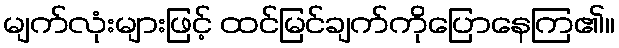
မျက်လုံးများဖြင့် ထင်မြင်ချက်ကိုပြောနေကြ၏။